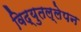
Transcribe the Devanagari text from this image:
विद्युतल्लेपन